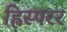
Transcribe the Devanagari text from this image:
ह्विस्परर